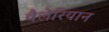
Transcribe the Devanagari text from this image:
वैलेरियान